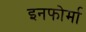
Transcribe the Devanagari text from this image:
इनफोर्मा